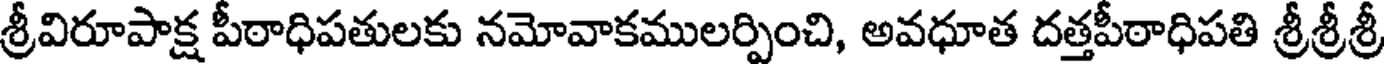
శ్రీవిరూపాక్ష పీఠాధిపతులకు నమోవాకములర్పించి, అవధూత దత్తపీఠాధిపతి శ్రీశ్రీశ్రీ